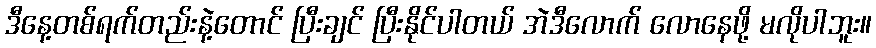
ဒီနေ့တစ်ရက်တည်းနဲ့တောင် ပြီးချင် ပြီးနိုင်ပါတယ် အဲဒီလောက် လောနေဖို့ မလိုပါဘူး။